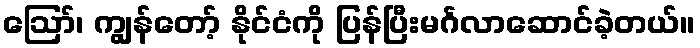
ဪ၊ ကျွန်တော့် နိုင်ငံကို ပြန်ပြီးမင်္ဂလာဆောင်ခဲ့တယ်။